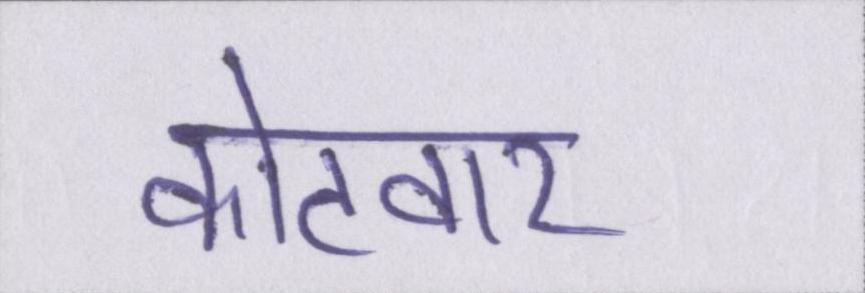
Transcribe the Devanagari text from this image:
कोटवार